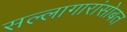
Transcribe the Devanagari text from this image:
सल्लागारांसोबत